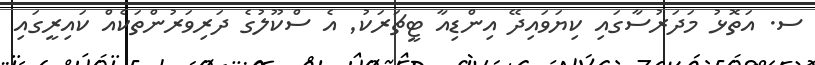
ސ. އަތޮޅު މަދަރުސާގައި ކިޔަވައިދޭ އިންޑިއާ ޓީޗަރަކު